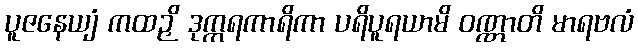
ပူဇနေယျံ ကထဉှိ ဒုက္ကရကာရိကာ ပရိပူရယာမိ ဝဏ္ဏာတိ မာရဗလံ